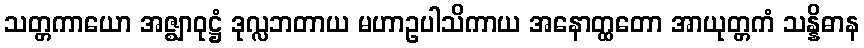
သတ္တကာယော အဇ္ဈာဝုဋ္ဌံ ဒုလ္လဘတာယ မဟာဥပါသိကာယ အနောတ္ထတော အာယုတ္တကံ သန္နိဓာန